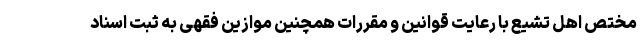
مختص اهل تشیع با رعایت قوانین و مقررات همچنین موازین فقهی به ثبت اسناد